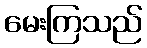
မေးကြသည်